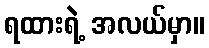
ရထားရဲ့ အလယ်မှာ။